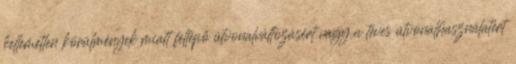
kellemetlen körülmények miatt fellépő útvonalváltozásért vagy a téves útvonalhasználatért